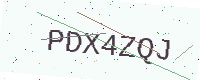
Text: PDX4ZQJ